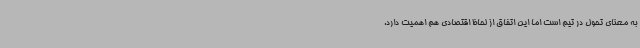
به معنای تحول در تیم است اما این اتفاق از لحاظ اقتصادی هم اهمیت دارد.